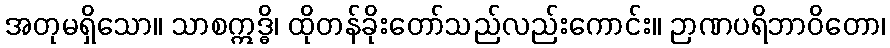
အတုမရှိသော။ သာစဣဒ္ဓိ၊ ထိုတန်ခိုးတော်သည်လည်းကောင်း။ ဉာဏပရိဘာဝိတော၊